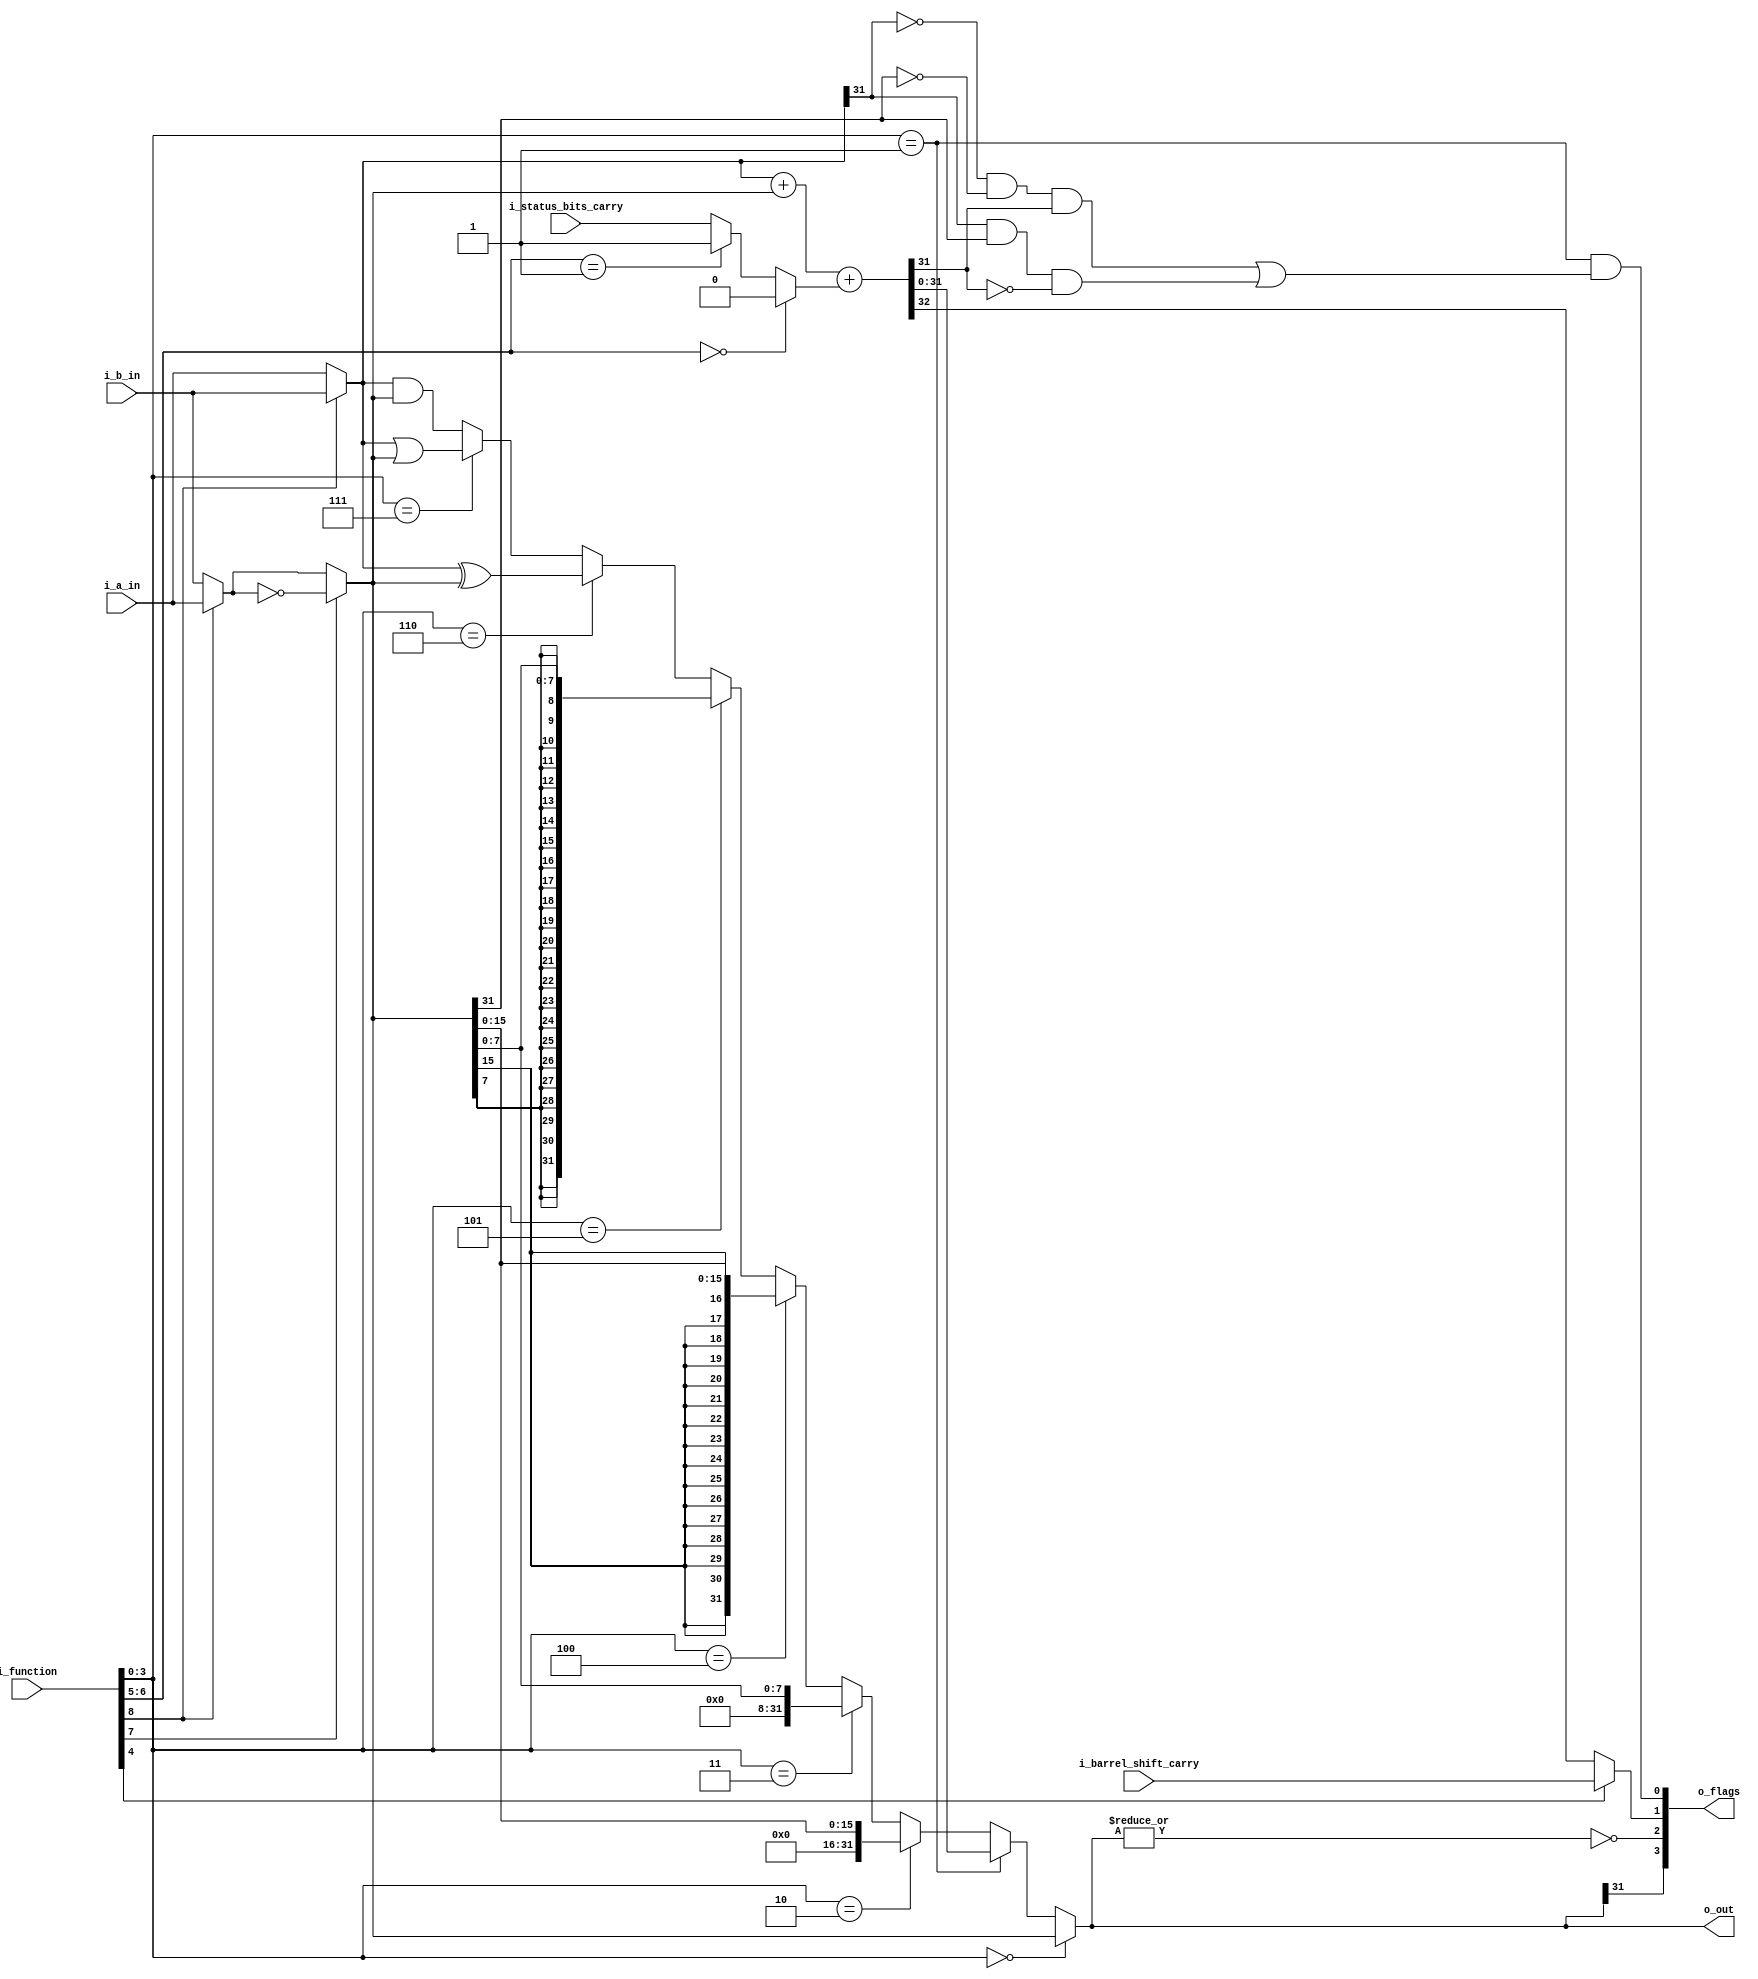
module a23_alu (

input       [31:0]          i_a_in,
input       [31:0]          i_b_in,
input                       i_barrel_shift_carry,
input                       i_status_bits_carry,
input       [8:0]           i_function,

output      [31:0]          o_out,
output      [3:0]           o_flags       // negative, zero, carry, overflow
);

wire     [31:0]         a, b, b_not;
wire     [31:0]         and_out, or_out, xor_out;
wire     [31:0]         sign_ex8_out, sign_ex_16_out;
wire     [31:0]         zero_ex8_out, zero_ex_16_out;
wire     [32:0]         fadder_out;
wire                    swap_sel;
wire                    not_sel;
wire     [1:0]          cin_sel;
wire                    cout_sel;
wire     [3:0]          out_sel;
wire                    carry_in;
wire                    carry_out;
wire                    overflow_out;
wire                    fadder_carry_out;

assign  { swap_sel, not_sel, cin_sel, cout_sel, out_sel } = i_function;


// ========================================================
// A Select
// ========================================================
assign a     = (swap_sel ) ? i_b_in : i_a_in ;

// ========================================================
// B Select
// ========================================================
assign b     = (swap_sel ) ? i_a_in : i_b_in ;
                             
// ========================================================
// Not Select
// ========================================================
assign b_not     = (not_sel ) ? ~b : b ;
                             
// ========================================================
// Cin Select
// ========================================================
assign carry_in  = (cin_sel==2'd0 ) ? 1'd0                   :
                   (cin_sel==2'd1 ) ? 1'd1                   :
                                      i_status_bits_carry    ;  // add with carry

// ========================================================
// Cout Select
// ========================================================
assign carry_out = (cout_sel==1'd0 ) ? fadder_carry_out     :
                                       i_barrel_shift_carry ;

// For non-addition/subtractions that incorporate a shift 
// operation, C is set to the last bit
// shifted out of the value by the shifter.


// ========================================================
// Overflow out
// ========================================================
// Only assert the overflow flag when using the adder
assign  overflow_out    = out_sel == 4'd1 &&
                            // overflow if adding two positive numbers and get a negative number
                          ( (!a[31] && !b_not[31] && fadder_out[31]) ||
                            // or adding two negative numbers and get a positive number
                            (a[31] && b_not[31] && !fadder_out[31])     );


// ========================================================
// ALU Operations
// ========================================================

`ifdef XILINX_FPGA

    // XIlinx Spartan 6 DSP module
    `ifdef XILINX_SPARTAN6_FPGA
        xs6_addsub_n #(.WIDTH(33)) 
    `endif
    `ifdef XILINX_VIRTEX6_FPGA
        xv6_addsub_n #(.WIDTH(33)) 
    `endif
        u_xx_addsub_33(
        .i_a    ( {1'd0,a}      ),
        .i_b    ( {1'd0,b_not}  ),
        .i_cin  ( carry_in      ),
        .i_sub  ( 1'd0          ),
        .o_sum  ( fadder_out    ),
        .o_co   (               )
    );

`else
assign fadder_out       = { 1'd0,a} + {1'd0,b_not} + {32'd0,carry_in};
`endif                                                

assign fadder_carry_out = fadder_out[32];
assign and_out          = a & b_not;
assign or_out           = a | b_not;
assign xor_out          = a ^ b_not;
assign zero_ex8_out     = {24'd0,  b_not[7:0]};
assign zero_ex_16_out   = {16'd0,  b_not[15:0]};
assign sign_ex8_out     = {{24{b_not[7]}},  b_not[7:0]};
assign sign_ex_16_out   = {{16{b_not[15]}}, b_not[15:0]};
                          
// ========================================================
// Out Select
// ========================================================
assign o_out = out_sel == 4'd0 ? b_not            : 
               out_sel == 4'd1 ? fadder_out[31:0] : 
               out_sel == 4'd2 ? zero_ex_16_out   :
               out_sel == 4'd3 ? zero_ex8_out     :
               out_sel == 4'd4 ? sign_ex_16_out   :
               out_sel == 4'd5 ? sign_ex8_out     :
               out_sel == 4'd6 ? xor_out          :
               out_sel == 4'd7 ? or_out           :
                                 and_out          ;

assign o_flags       = {  o_out[31],      // negative
                         |o_out == 1'd0,  // zero
                         carry_out,       // carry
                         overflow_out     // overflow
                         };
                         
                                     
endmodule